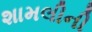
શામલીની